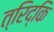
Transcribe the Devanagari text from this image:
त्रिद्कि